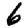
Digit: 6